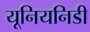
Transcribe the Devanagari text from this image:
यूनियनिडी